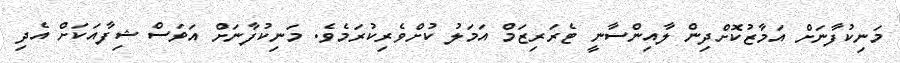
މަނިކުފާނަށް އަމާޒުކޮށްދިން ލާއިންސާނީ ޓެރަރިޒަމް އަމަލު ކުށްވެރިކުރަމެވެ. މަނިކުފާނަށް އަވަސް ޝިފާއަކަށް އެދި